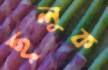
ছুলুক